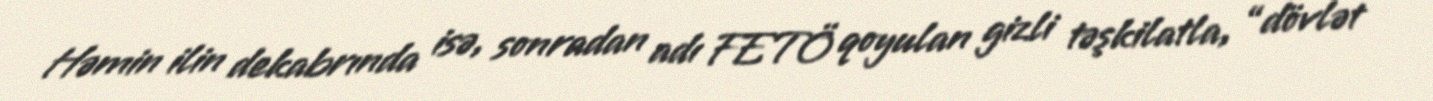
Həmin ilin dekabrında isə, sonradan adı FETÖ qoyulan gizli təşkilatla, “dövlət